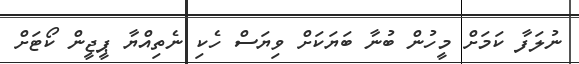
ނުލަފާ ކަމަށް މީހުން ބުނާ ބަޔަކަށް ވިޔަސް ހެކި ނެތިއްޔާ ޕީޖީން ކޯޓަށް